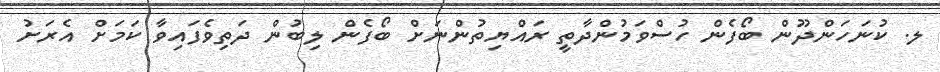
ލ. ކުނަހަންދޫން ބޯފެން ހުސްވަމުންދާތީ ރައްޔިތުންނަށް ބޯފެން ލިބުން ދަތިވެފައިވާ ކަމަށް އެރަށު